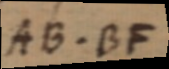
AB . BF